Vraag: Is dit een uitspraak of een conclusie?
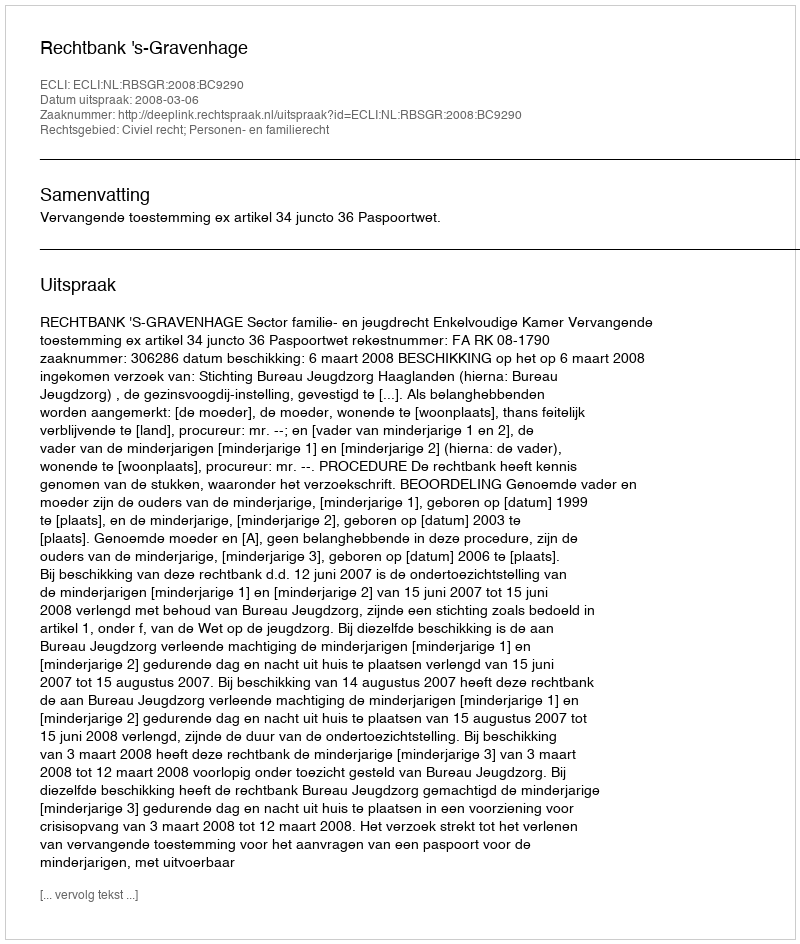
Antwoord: Uitspraak